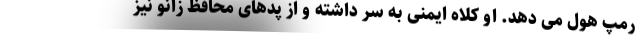
رمپ هول می دهد. او کلاه ایمنی به سر داشته و از پدهای محافظ زانو نیز